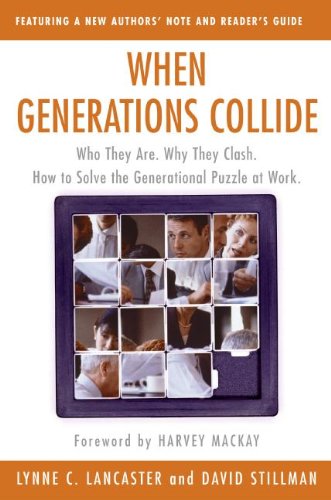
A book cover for When Generations Collide: Who They Are. Why They Clash. How to Solve the Generational Puzzle at Work; Lynne C. Lancaster; Business & Money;